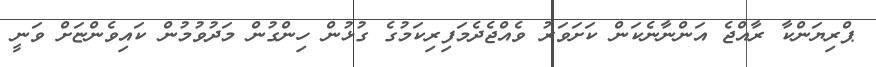
ޕްރިޔަންކާ ރާއްޖެ އަންނާނެކަން ކަށަވަރު ވެއްޖެދެމަފިރިކަމުގެ ގުޅުން ހިންގުން މަދުވުމުން ކައިވެންޏަށް ވަނީ